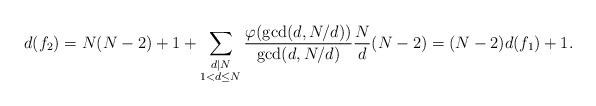
LaTeX: \begin{align*}d(f_2)=N(N-2)+1+ \sum\limits_{\substack{d|N \\ 1<d\leq N}} \frac{\varphi(\gcd(d,N/d))}{\gcd(d,N/d)}\frac{N}{d}(N-2)=(N-2)d(f_1)+1.\end{align*}